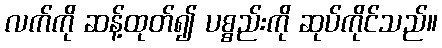
လက်ကို ဆန့်ထုတ်၍ ပစ္စည်းကို ဆုပ်ကိုင်သည်။